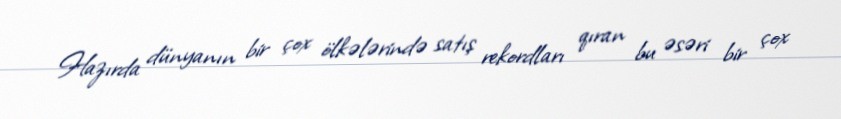
Hazırda dünyanın bir çox ölkələrində satış rekordları qıran bu əsəri bir çox